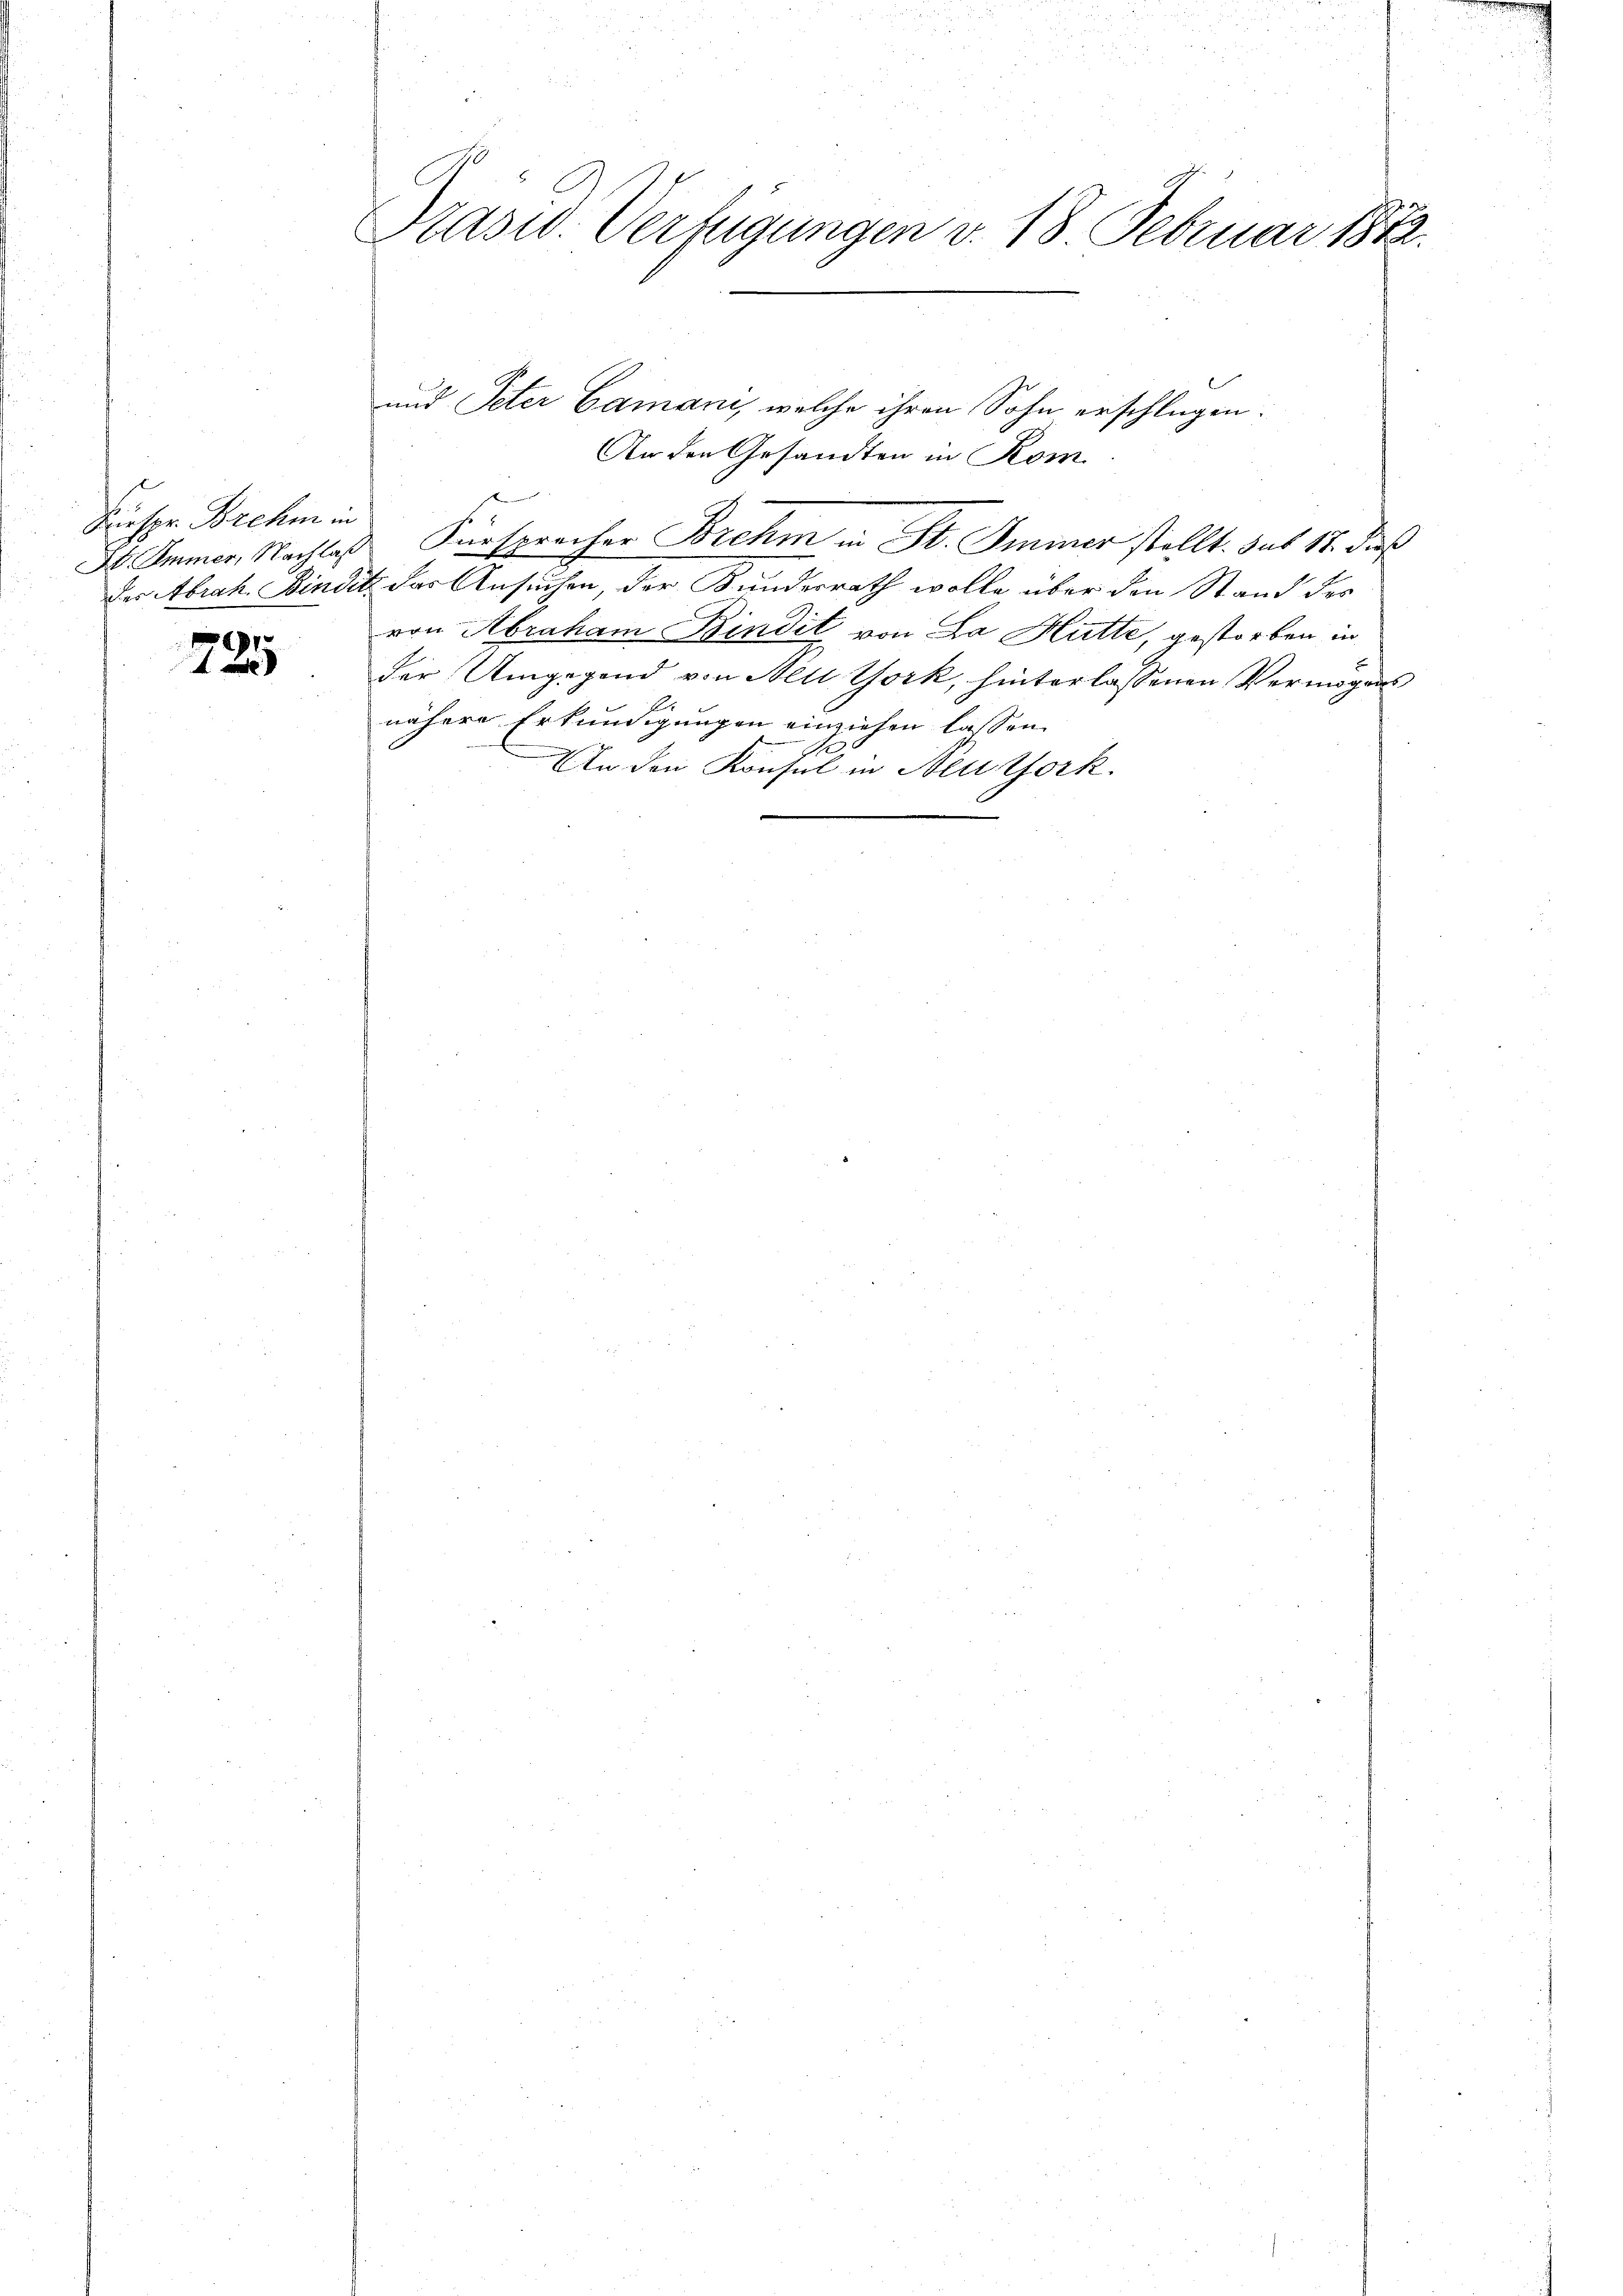
Fürspr. Brehm in

1

Präsid. Verfügungen v. 18. Februar 1872.

und Peter Camani, welche ihren Sohn erschlagen.
An den Gesandten in Rom.
H. Immer, Nachlas, Fürsprecher Borehm in St. Immer stellt. Sut 11. dieß
der Abrah. Bindik der Ansuchen, der Kundesrath wolle über den Stand des
von Abraham Bindit von La Hütte, gestorben in
der Umgegend von Mell York, hinterlassenen Vermögens
A.
nähere Erkundigungen einziehen lassen.
A.
In den Konsul in Neutfork.